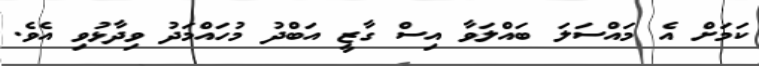
ކަމަށް އެ މައްސަލަ ބައްލަވާ އިސް ގާޒީ އަބްދު މުހައްމަދު ވިދާޅުވި އެވެ.